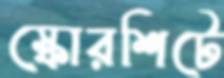
স্কোরশিটে